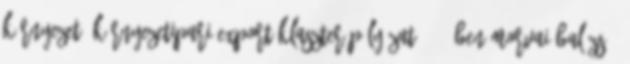
Környezet. Környezetipari Export Klaszter pályázat 2011-ben Morvai Balázs -